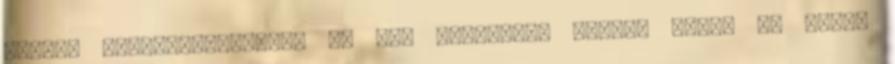
kereső barangolásoknak. Ők sem dőlhetnek hátra, nekik is tudok